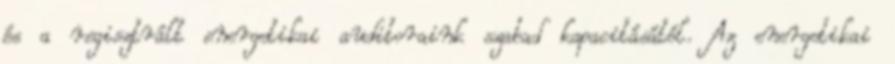
és a regisztrált energetikai auditoraink szabad kapacitásától. Az energetikai